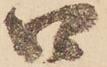
口